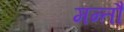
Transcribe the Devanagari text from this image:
मन्तौ